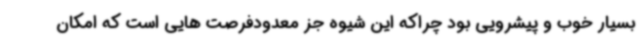
بسیار خوب و پیشرویی بود چراکه این شیوه جز معدودفرصت هایی است که امکان